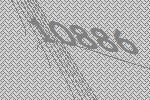
10886